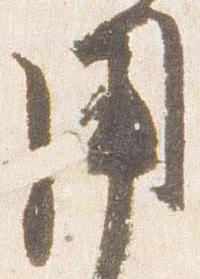
用